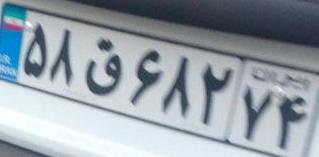
۵۸ق۶۸۲۷۴